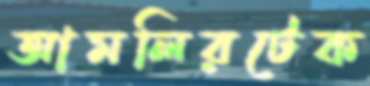
আমলিরটেক